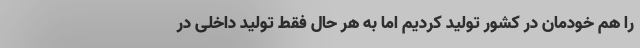
را هم خودمان در کشور تولید کردیم اما به هر حال فقط تولید داخلی در